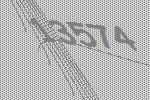
13574